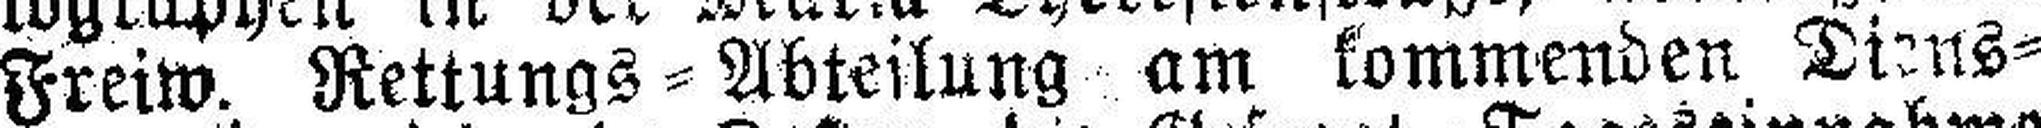
Freiw. Rettungs=Abteilung am kommenden Diens¬